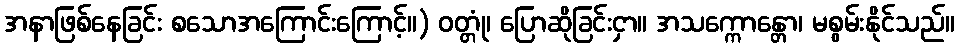
အနာဖြစ်နေခြင်း စသောအကြောင်းကြောင့်။) ဝတ္တုံ၊ ပြောဆိုခြင်းငှာ။ အသက္ကောန္တော၊ မစွမ်းနိုင်သည်။